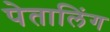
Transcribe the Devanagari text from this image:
पेतालिंग